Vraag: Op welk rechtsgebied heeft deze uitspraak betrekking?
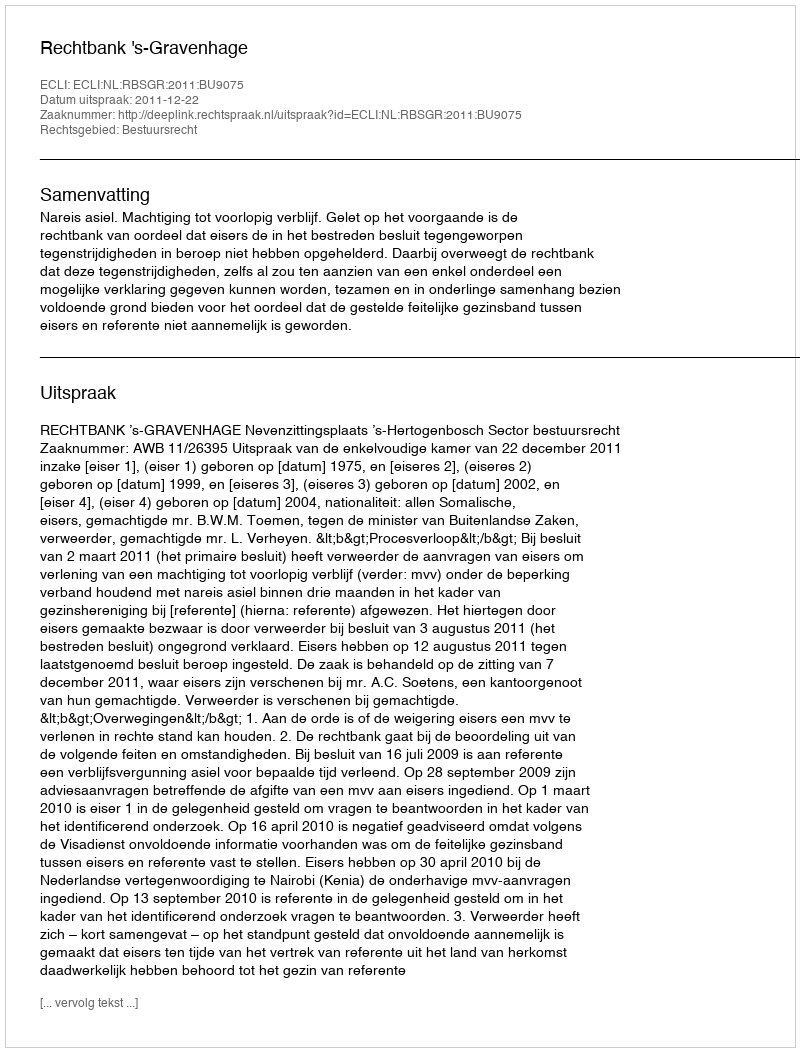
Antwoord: Bestuursrecht